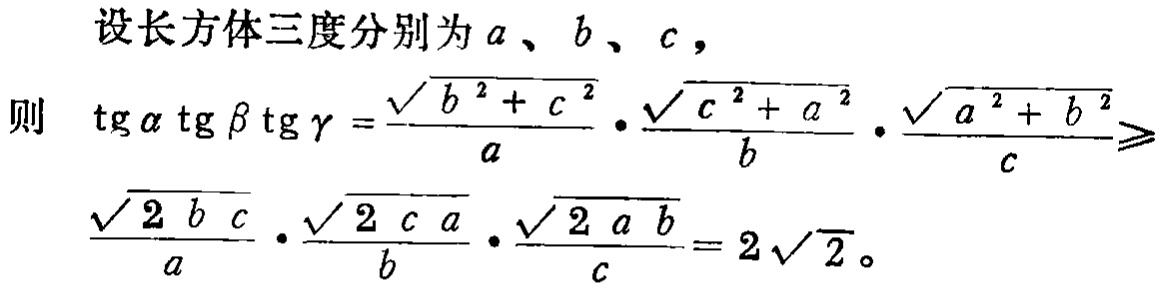
设长方体三度分别为\(a\)、\(b\)、\(c\)，
则 \(\mathrm{tg}\alpha\mathrm{tg}\beta\mathrm{tg}\gamma = \frac{\sqrt{b^{2}+c^{2}}}{a} \cdot \frac{\sqrt{c^{2}+a^{2}}}{b} \cdot \frac{\sqrt{a^{2}+b^{2}}}{c} \geqslant \frac{\sqrt{2bc}}{a} \cdot \frac{\sqrt{2ca}}{b} \cdot \frac{\sqrt{2ab}}{c} = 2\sqrt{2}\)。